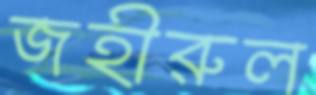
জহীরুল